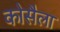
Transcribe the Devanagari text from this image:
कोसैला